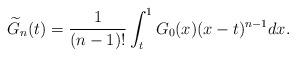
LaTeX: \begin{align*}\widetilde{G}_n(t)=\frac{1}{(n-1)!}\int_t^1G_0(x)(x-t)^{n-1}dx.\end{align*}